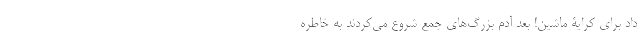
داد برای کرایۀ ماشین! بعد آدم بزرگ‌های جمع شروع می‌کردند به خاطره